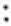
: